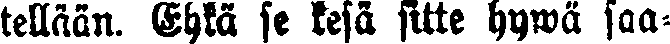
tellään. Ehkä se kesä sitte hywä saa-